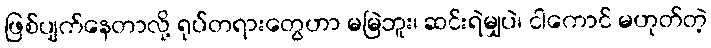
ဖြစ်ပျက်နေတာလို့ ရုပ်တရားတွေဟာ မမြဲဘူး၊ ဆင်းရဲမျှပဲ၊ ငါကောင် မဟုတ်တဲ့